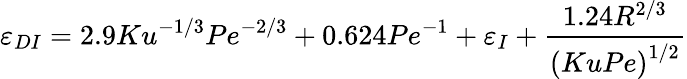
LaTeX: \varepsilon_{DI}=2.9Ku^{-1/3}Pe^{-2/3}+0.624Pe^{-1}+\varepsilon_{I}+\frac{1.24R^{2/3}}{\left(KuPe\right)^{1/2}}